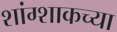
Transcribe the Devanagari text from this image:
शांग्शाकच्या